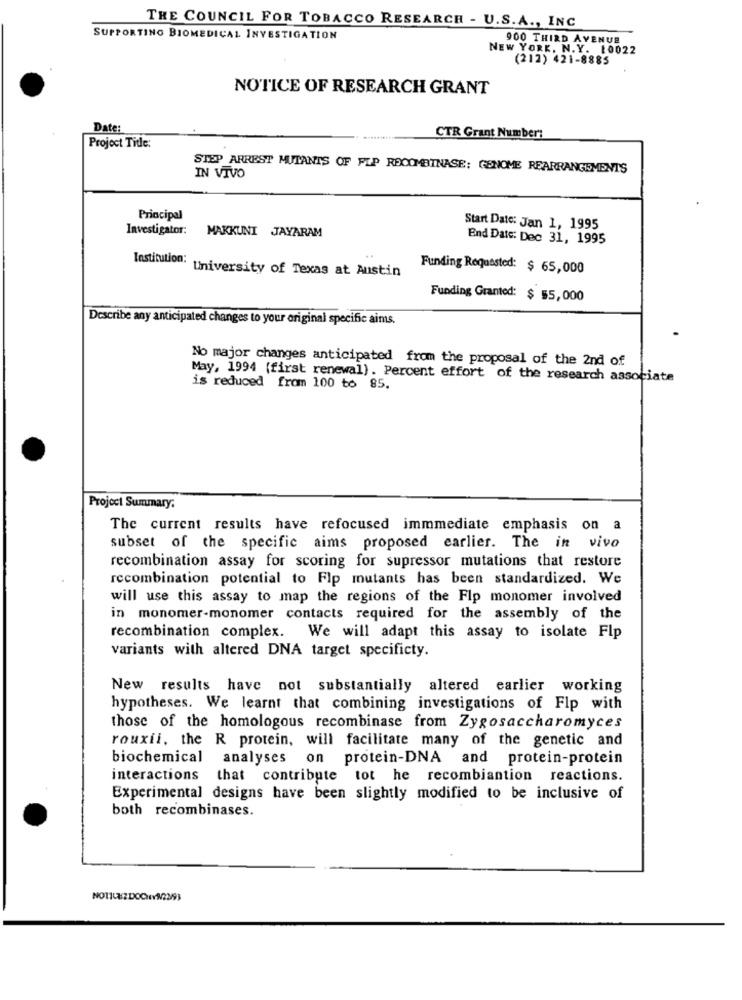
THE COUNCIL FOR TOBACCO RESEARCH - U.S.A ., INC
SUPPORTING BIOMEDICAL INVESTIGATION
900 THIRD AVENUE
NEW YORK, N.Y. 10022
(212) 421-8885
NOTICE OF RESEARCH GRANT
Date:
CTR Grant Number:
Project Tide:
STEP ARREST MUTANTS OF FLP ROCOMBINASE: GENOME REARRANGEMENTS
IN VIVO
Principal
Investigator:
MAKKUNI JAYARAM
Start Date: Jan 1, 1995
End Date: Dec 31, 1995
Institution:
University of Texas at Austin
Funding Requested: $ 65,000
Funding Granted: $ 55,000
Describe any anticipated changes to your original specific aims.
No major changes anticipated from the proposal of the 2nd of
May, 1994 (first renewal). Percent effort of the research associate
is reduced from 100 to 85.
Project Summary:
The current results have refocused immmediate emphasis on a
subset of the specific aims proposed earlier. The in vivo
recombination assay for scoring for supressor mutations that restore
recombination potential to Flp mutants has been standardized. We
will use this assay to map the regions of the Flp monomer involved
in monomer-monomer contacts required for the assembly of the
recombination complex. We will adapt this assay to isolate Flp
variants with altered DNA target specificty.
New results have not substantially altered earlier working
hypotheses. We learnt that combining investigations of Flp with
those of the homologous recombinase from Zygosaccharomyces
rouxii, the R protein, will facilitate many of the genetic and
biochemical
analyses on protein-DNA and protein-protein
interactions that contribute tot he recombiantion reactions.
Experimental designs have been slightly modified to be inclusive of
both recombinases.